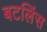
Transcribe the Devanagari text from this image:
बटलिंस